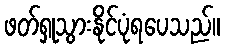
ဖတ်ရှုသွားနိုင်ပုံရပေသည်။